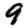
Digit: 9